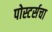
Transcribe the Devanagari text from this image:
पोस्टर्सचा